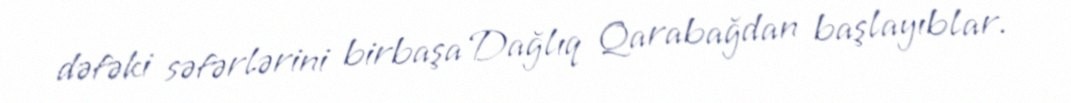
dəfəki səfərlərini birbaşa Dağlıq Qarabağdan başlayıblar.